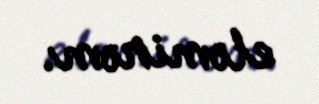
eləmirəm.